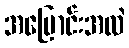
အပြောင်းအလဲ